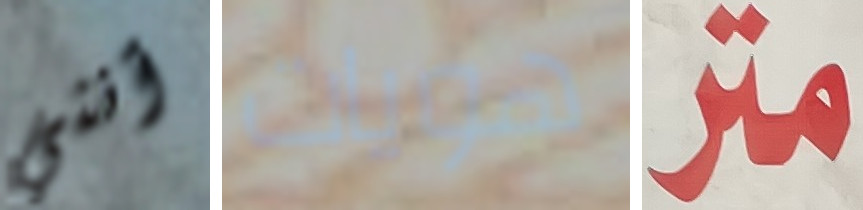
أنني هويات متر